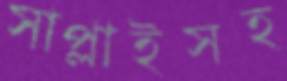
সাপ্লাইসহ